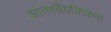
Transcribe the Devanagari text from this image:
आंतरवैयक्तिकता